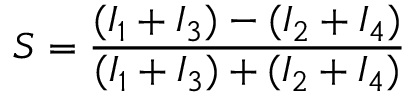
S = \frac { ( I _ { 1 } + I _ { 3 } ) - ( I _ { 2 } + I _ { 4 } ) } { ( I _ { 1 } + I _ { 3 } ) + ( I _ { 2 } + I _ { 4 } ) }